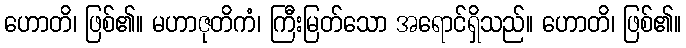
ဟောတိ၊ ဖြစ်၏။ မဟာဇုတိကံ၊ ကြီးမြတ်သော အရောင်ရှိသည်။ ဟောတိ၊ ဖြစ်၏။